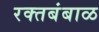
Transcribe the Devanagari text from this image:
रक्‍तबंबाळ